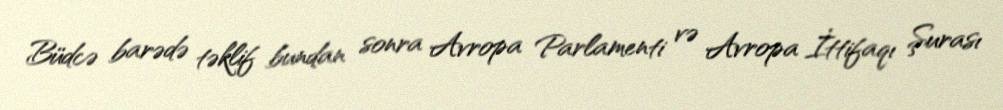
Büdcə barədə təklif bundan sonra Avropa Parlamenti və Avropa İttifaqı Şurası